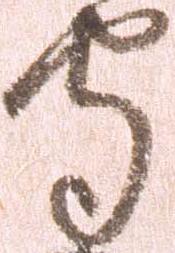
守